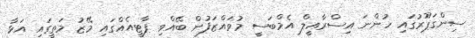
ސިންގަޕޫރުގައި ހުންނަ އިސްރާއީލް އެމްބަސީ މުވައްޒަފުން ބޭއްވި ޕާޓީއެއްގައި މޭޒު މަތީގައި އަޅާ